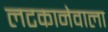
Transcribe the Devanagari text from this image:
लटकानेवाला